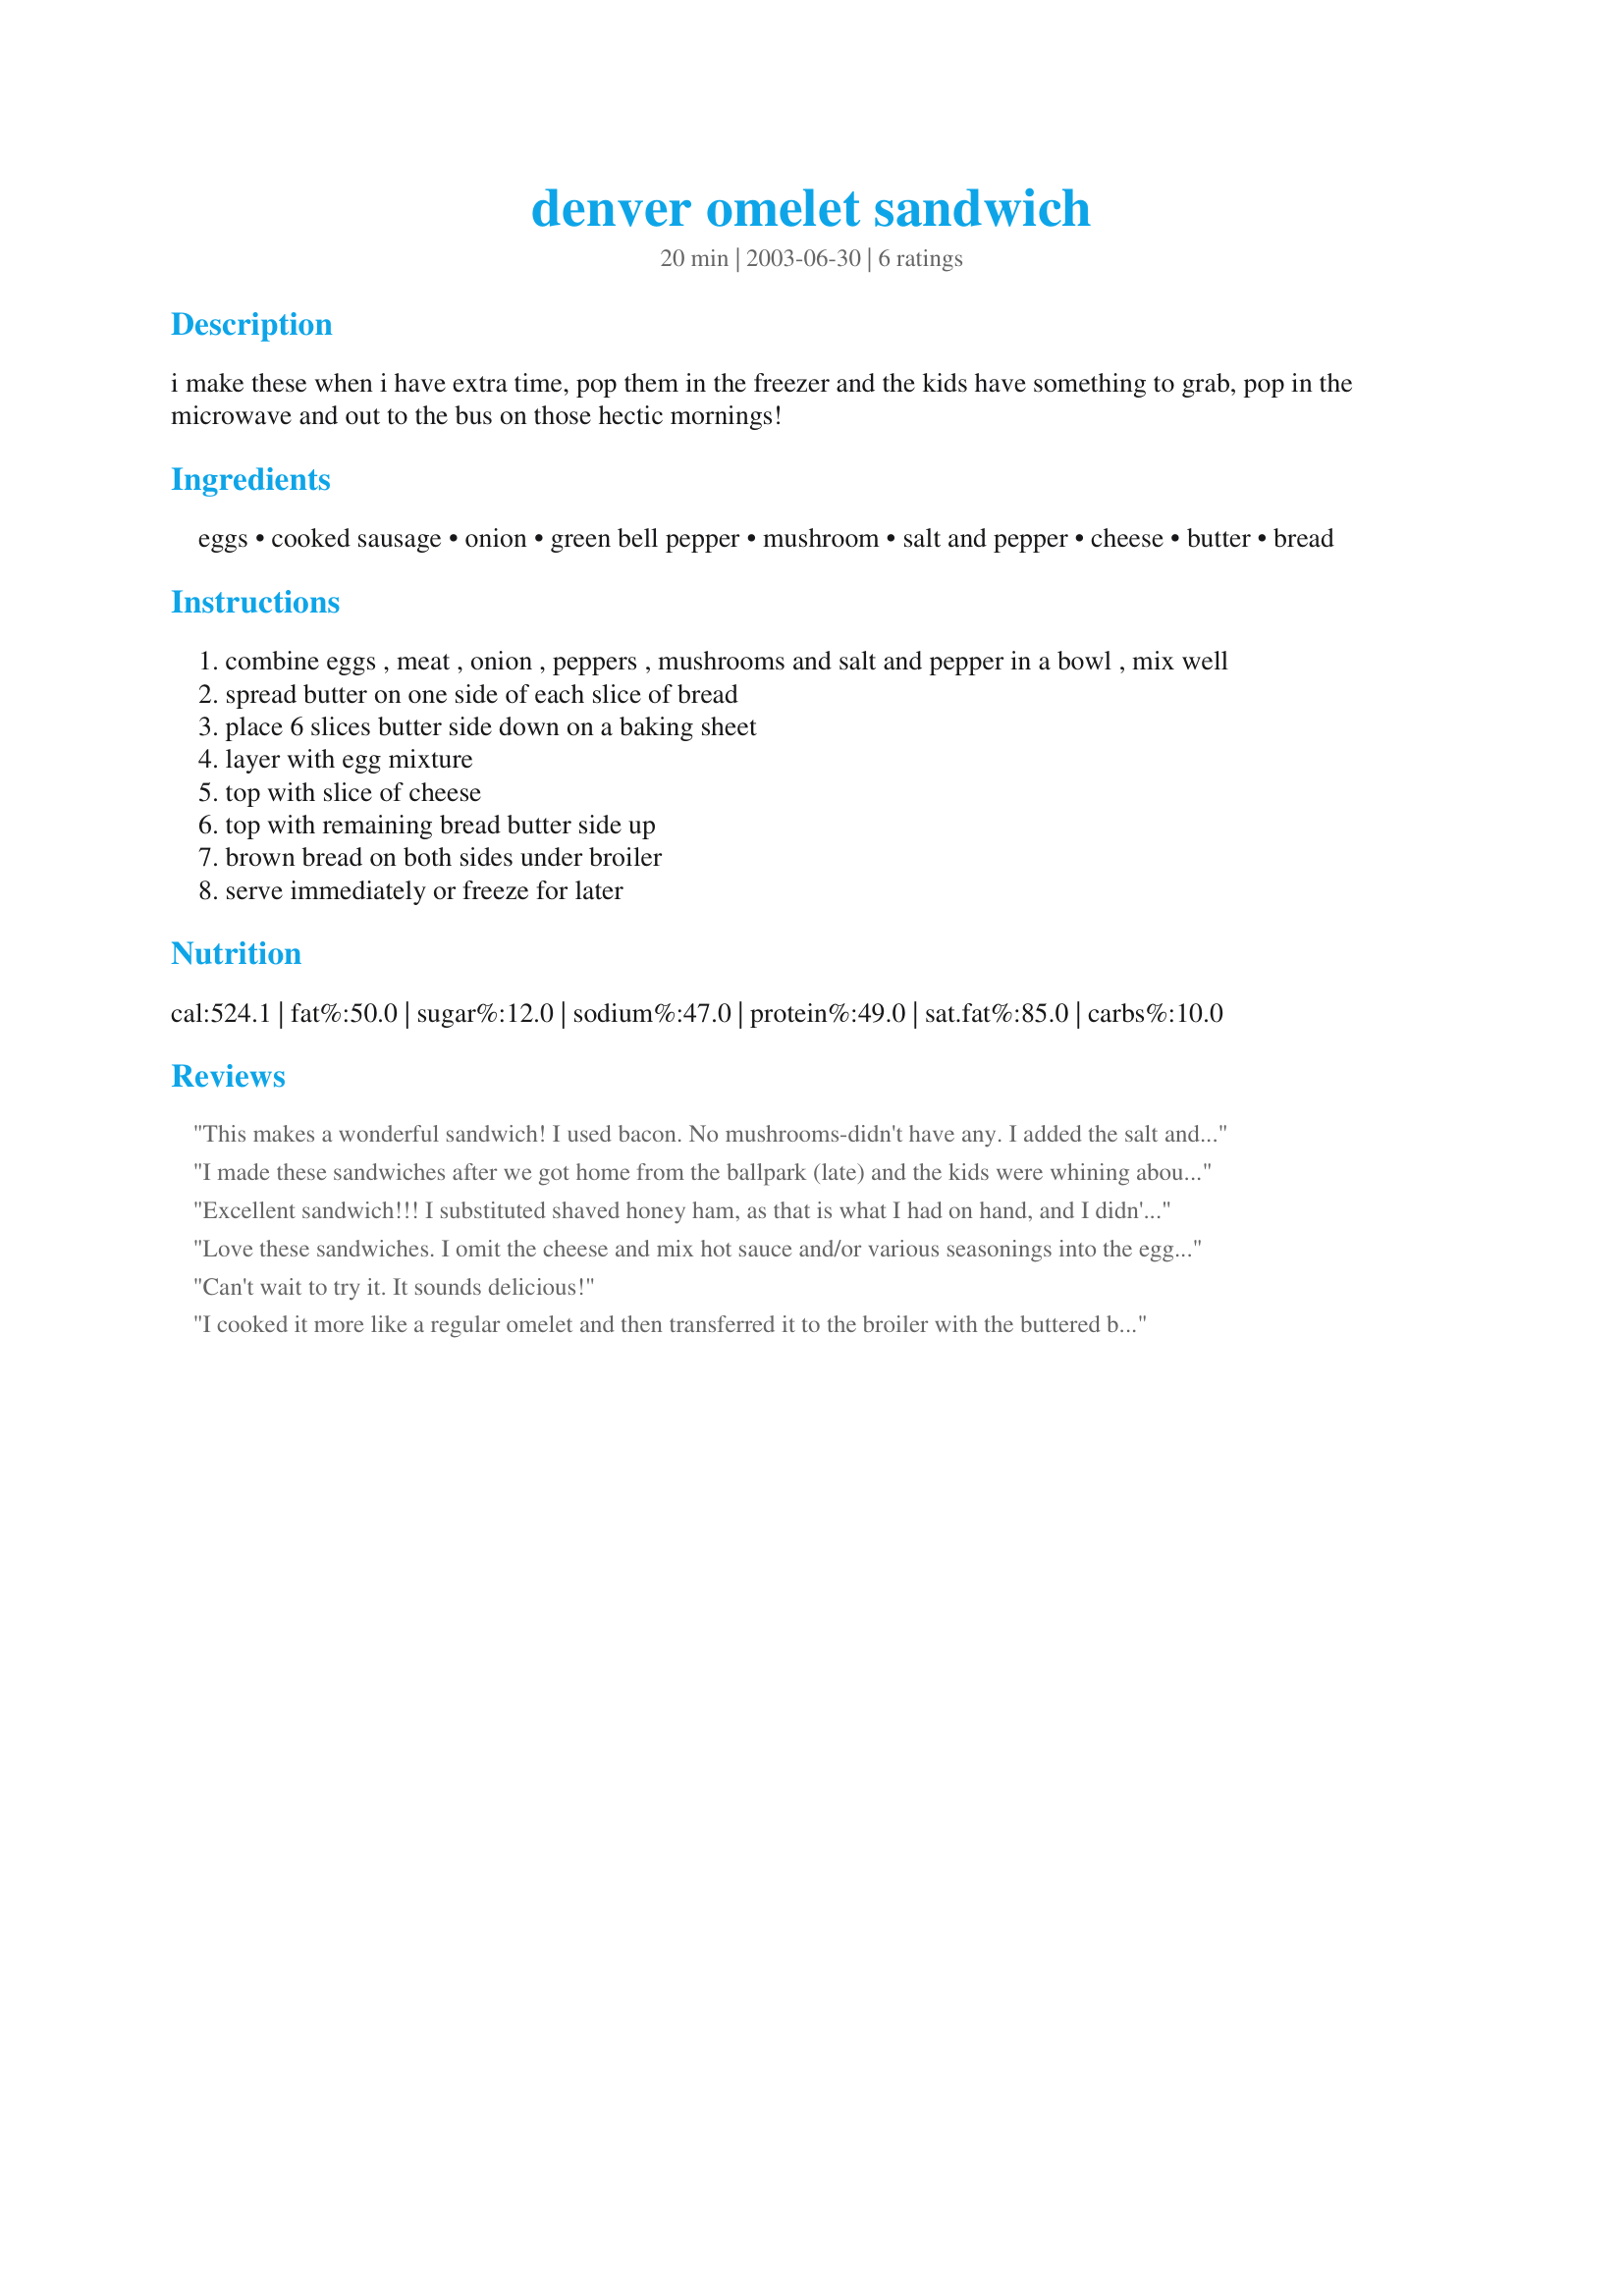
denver omelet sandwich
Preparation time: 20 minutes

i make these when i have extra time, pop them in the freezer and the kids have something to grab, pop in the microwave and out to the bus on those hectic mornings!

Ingredients:
eggs, cooked sausage, onion, green bell pepper, mushroom, salt and pepper, cheese, butter, bread

Steps:
combine eggs , meat , onion , peppers , mushrooms and salt and pepper in a bowl , mix well
spread butter on one side of each slice of bread
place 6 slices butter side down on a baking sheet
layer with egg mixture
top with slice of cheese
top with remaining bread butter side up
brown bread on both sides under broiler
serve immediately or freeze for later

Reviews:
This makes a wonderful sandwich! I used bacon. No mushrooms-didn't have any. I added the salt and pepper to the eggs when I scrambled them. Even better than I had imagined it would be! Will definitely be making this again and again!
I made these sandwiches after we got home from the ballpark (late) and the kids were whining about being hungry. I usually keep all these ingredients around and it was no trouble to whip them up on the spur of the moment. I used bacon because that is our favorite but sausage would also be good. Very filling and will definitely make these again. Thanks Laurie.
Excellent sandwich!!! I substituted shaved honey ham, as that is what I had on hand, and I didn't add it this time, but I think a little mustard on the inside of the bread would work well as well. Easy, the whole family enjoyed it very much.
Love these sandwiches. I omit the cheese and mix hot sauce and/or various seasonings into the eggs while I scramble them. Usually use bacon. Thanks, Laurie!
Can't wait to try it. It sounds delicious!
I cooked it more like a regular omelet and then transferred it to the broiler with the buttered bread and cheese. It tasted very good, the veggies were great. It is quite greasy just as a grilled cheese but good just the same. I can't see myself scrambling the eggs and having the veggies seperate. I thought I would but then it seemed easier and less messy to go the other route when I already had the frying pan out. Thanks for sharing your recipe.
